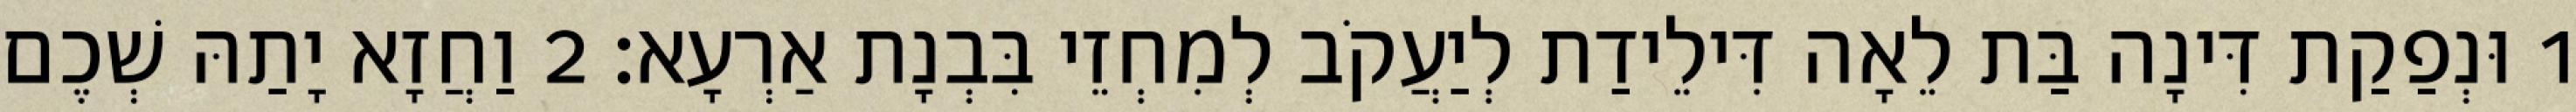
1 וּנְפַקַת דִּינָה בַּת לֵאָה דִּילֵידַת לְיַעֲקֹב לְמִחְזֵי בִּבְנָת אַרְעָא׃ 2 וַחֲזָא יָתַהּ שְׁכֶם